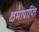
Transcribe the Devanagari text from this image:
क्षमाप्राप्ति